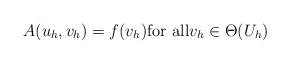
\begin{align*} A(u_h,v_h)=f(v_h){\rm for \,\,all}v_h\in \Theta(U_h)\end{align*}